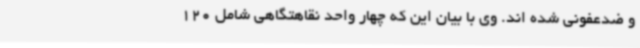
و ضدعفونی شده اند. وی با بیان این که چهار واحد نقاهتگاهی شامل 120